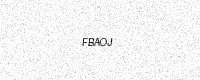
Text: FBAOJ